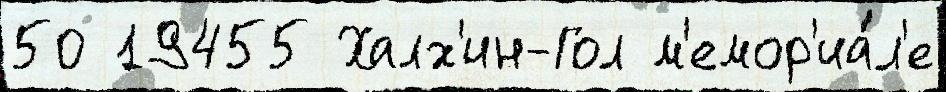
50 19455 Халх'ин-Гол м'емор'иа́л'е